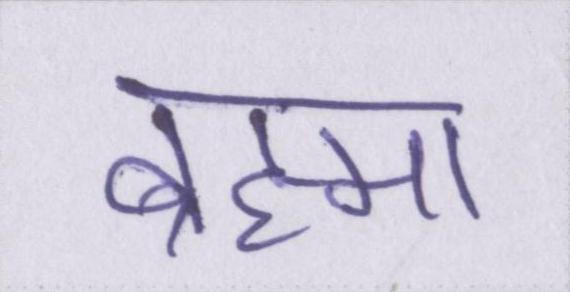
ब्रह्मा